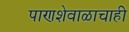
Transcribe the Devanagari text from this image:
पाणशेवाळाचाही